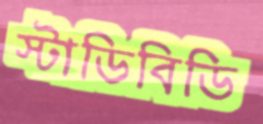
স্টাডিবিডি